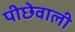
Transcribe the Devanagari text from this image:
पीछेवाली